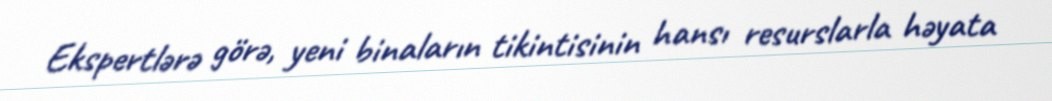
Ekspertlərə görə, yeni binaların tikintisinin hansı resurslarla həyata